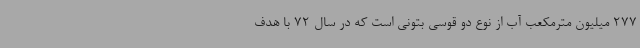
277 میلیون مترمکعب آب از نوع دو قوسی بتونی است که در سال 72 با هدف